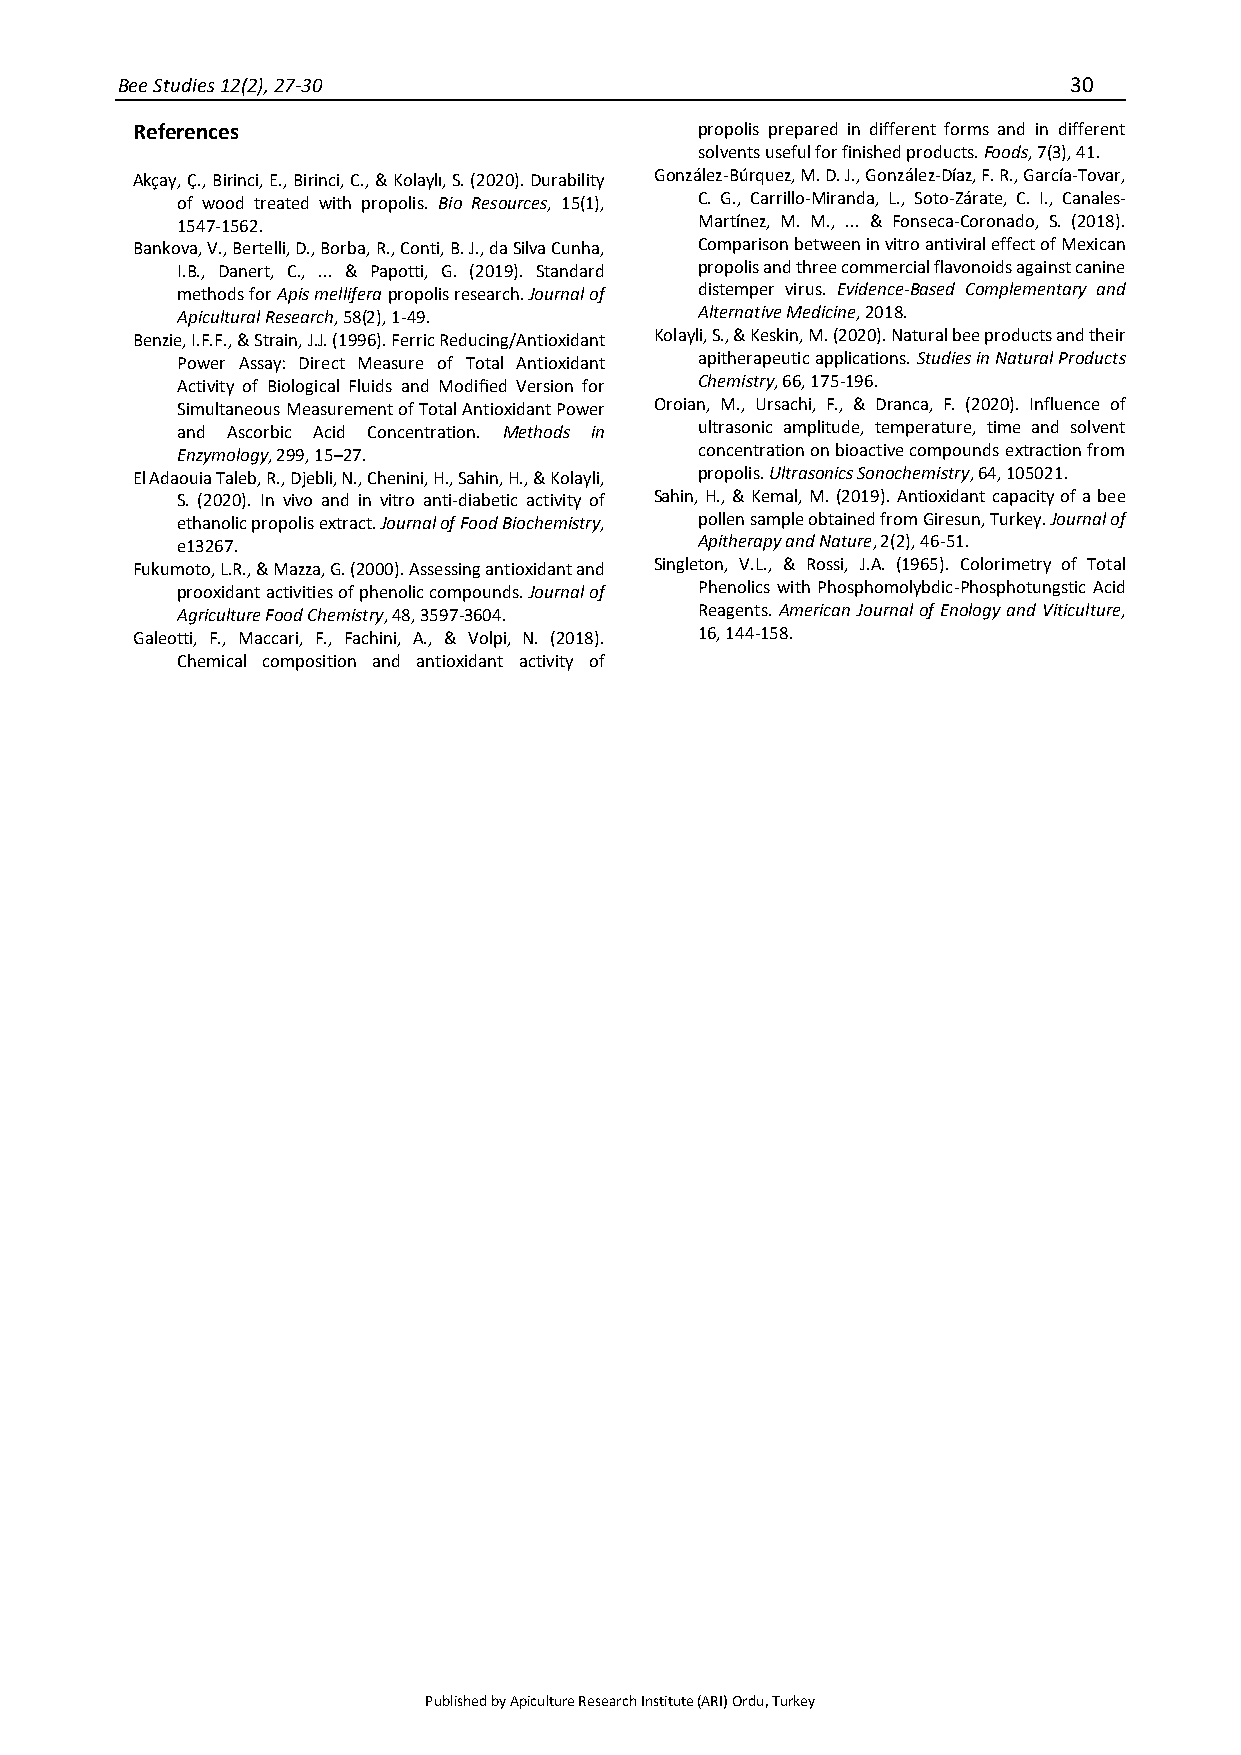
Bee Studies 12(2), 27-30                                       30
 References                           propolis prepared in different forms and in different
 solvents useful for finished products. Foods, 7(3), 41.
 Akçay, Ç., Birinci, E., Birinci, C., & Kolaylı, S. (2020). Durability González-Búrquez, M. D. J., González-Díaz, F. R., García-Tovar,
 of wood treated with propolis. Bio Resources, 15(1), C. G., Carrillo-Miranda, L., Soto-Zárate, C. I., Canales-
 1547-1562.                        Martínez, M. M., ... & Fonseca-Coronado, S. (2018).
 Bankova, V., Bertelli, D., Borba, R., Conti, B. J., da Silva Cunha, Comparison between in vitro antiviral effect of Mexican
 I.B., Danert, C., ... & Papotti, G. (2019). Standard propolis and three commercial flavonoids against canine
 methods for Apis mellifera propolis research. Journal of distemper virus. Evidence-Based Complementary and
 Apicultural Research, 58(2), 1-49. Alternative Medicine, 2018.
 Benzie, I.F.F., & Strain, J.J. (1996). Ferric Reducing/Antioxidant Kolayli, S., & Keskin, M. (2020). Natural bee products and their
 Power Assay: Direct Measure of Total Antioxidant apitherapeutic applications. Studies in Natural Products
 Activity of Biological Fluids and Modified Version for Chemistry, 66, 175-196.
 Simultaneous Measurement of Total Antioxidant Power Oroian, M., Ursachi, F., & Dranca, F. (2020). Influence of
 and Ascorbic Acid Concentration. Methods in ultrasonic amplitude, temperature, time and solvent
 Enzymology, 299, 15–27.           concentration on bioactive compounds extraction from
 El Adaouia Taleb, R., Djebli, N., Chenini, H., Sahin, H., & Kolayli, propolis. Ultrasonics Sonochemistry, 64, 105021.
 S. (2020). In vivo and in vitro anti‐diabetic activity of Sahin, H., & Kemal, M. (2019). Antioxidant capacity of a bee
 ethanolic propolis extract. Journal of Food Biochemistry, pollen sample obtained from Giresun, Turkey. Journal of
 e13267.                           Apitherapy and Nature, 2(2), 46-51.
 Fukumoto, L.R., & Mazza, G. (2000). Assessing antioxidant and Singleton, V.L., & Rossi, J.A. (1965). Colorimetry of Total
 prooxidant activities of phenolic compounds. Journal of Phenolics with Phosphomolybdic-Phosphotungstic Acid
 Agriculture Food Chemistry, 48, 3597-3604. Reagents. American Journal of Enology and Viticulture,
 Galeotti, F., Maccari, F., Fachini, A., & Volpi, N. (2018). 16, 144-158.
 Chemical composition and antioxidant activity of
 Published by Apiculture Research Institute (ARI) Ordu, Turkey